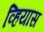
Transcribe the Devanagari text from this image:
व्हियास